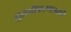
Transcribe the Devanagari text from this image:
नुतनीकरणाआधी